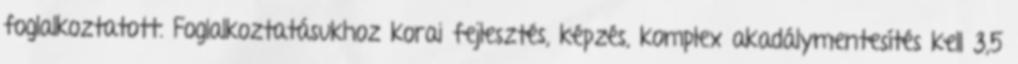
foglalkoztatott. Foglalkoztatásukhoz korai fejlesztés, képzés, komplex akadálymentesítés kell 3,5